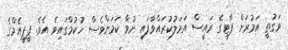
ވަގުތީ އަމުރަށް ޕާޓީގެ ރައީސް އަމަލުކުރައްވާފައި ނުވާ ކަމަށްވެސް ހުކުމްގައިވެ އެވެ. ޕީޕީއެމްގެ